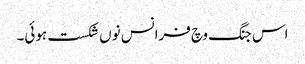
اس جنگ وچ فرانس نوں شکست ہوئی۔